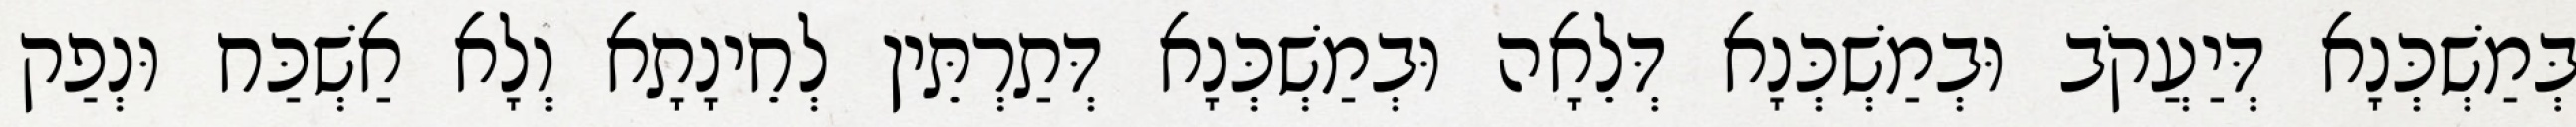
בְּמַשְׁכְּנָא דְּיַעֲקֹב וּבְמַשְׁכְּנָא דְּלֵאָה וּבְמַשְׁכְּנָא דְּתַרְתֵּין לְחֵינָתָא וְלָא אַשְׁכַּח וּנְפַק